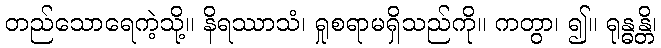
တည်သောရေကဲ့သို့။ နိရဿာသံ၊ ရှုစရာမရှိသည်ကို။ ကတွာ၊ ၍။ ရုန္ဓန္တိ၊